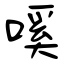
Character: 嗘